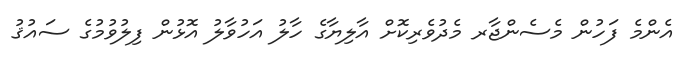
އެންމެ ފަހުން މެސެންޖާރ މެދުވެރިކޮށް އާލިޔާގެ ހާލު އަހުވާލު އޮޅުން ފިލުވުމުގެ ސައުޤު